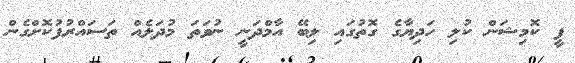
ފީ ކޮމިޝަން ކުލި ހަދިޔާގެ ގޮތުގައި ލިބޭ އާމްދަނީ ނުވަތަ މުދަލެއް ތަސައްރުފުކޮށްގެން